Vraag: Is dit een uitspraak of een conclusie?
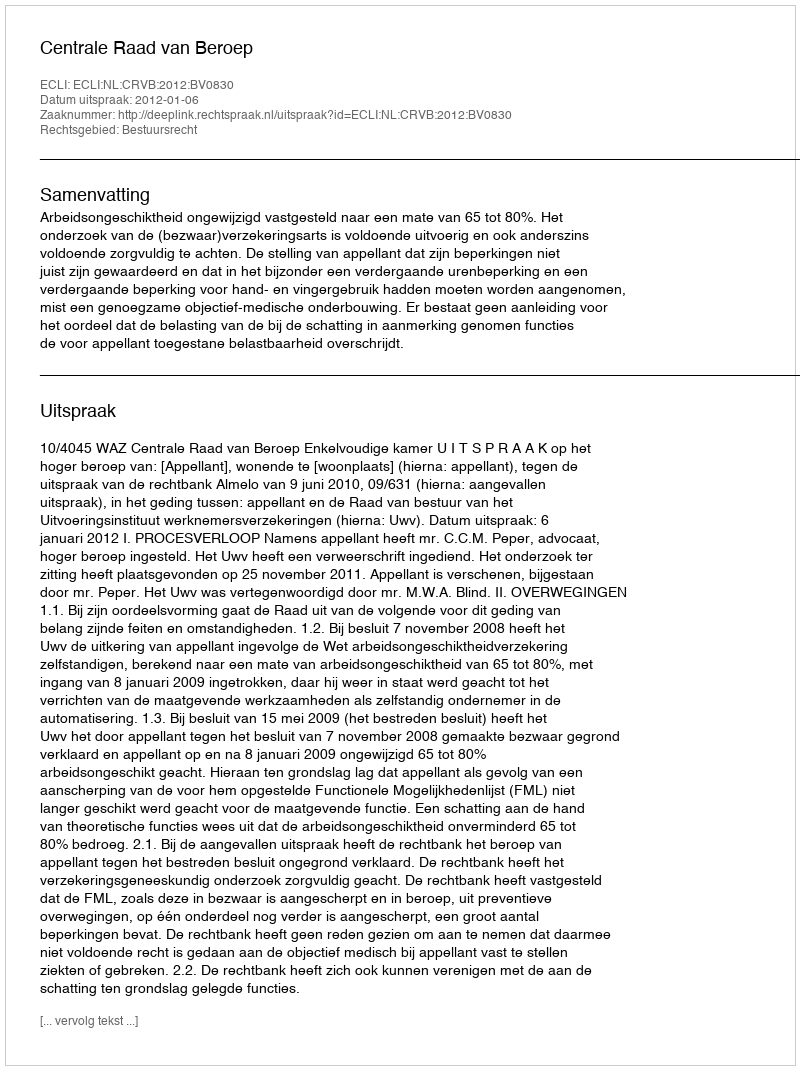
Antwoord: Uitspraak